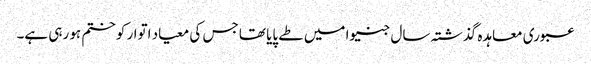
عبوری معاہدہ گذشتہ سال جنیوا میں طے پایا تھا جس کی معیاد اتوار کو ختم ہو رہی ہے۔